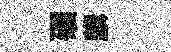
碾麟